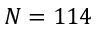
N = 1 1 4